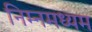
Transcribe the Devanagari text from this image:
निम्नमध्यम